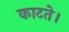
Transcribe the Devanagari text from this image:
काटते।